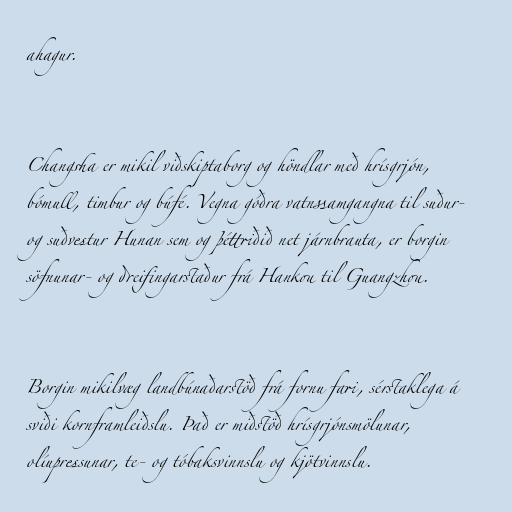
ahagur.

Changsha er mikil viðskiptaborg og höndlar með hrísgrjón,
bómull, timbur og búfé. Vegna góðra vatnssamgangna til suður-
og suðvestur Hunan sem og þéttriðið net járnbrauta, er borgin
söfnunar- og dreifingarstaður frá Hankou til Guangzhou.

Borgin mikilvæg landbúnaðarstöð frá fornu fari, sérstaklega á
sviði kornframleiðslu. Það er miðstöð hrísgrjónsmölunar,
olíupressunar, te- og tóbaksvinnslu og kjötvinnslu.